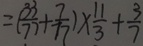
= ( \frac { 3 3 } { 7 7 } + \frac { 7 } { 7 7 } ) \times \frac { 1 1 } { 3 } + \frac { 3 } { 7 }